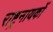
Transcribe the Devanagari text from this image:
राष्ट्रनायकों